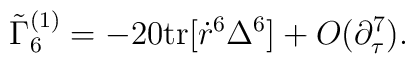
\tilde{\Gamma}^{(1)}_6 =-20 {\rm tr} [ \dot{r}^6 \Delta^6 ]+ O( \partial_\tau^7 ).